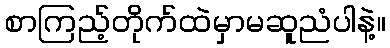
စာကြည့်တိုက်ထဲမှာမဆူညံပါနဲ့။